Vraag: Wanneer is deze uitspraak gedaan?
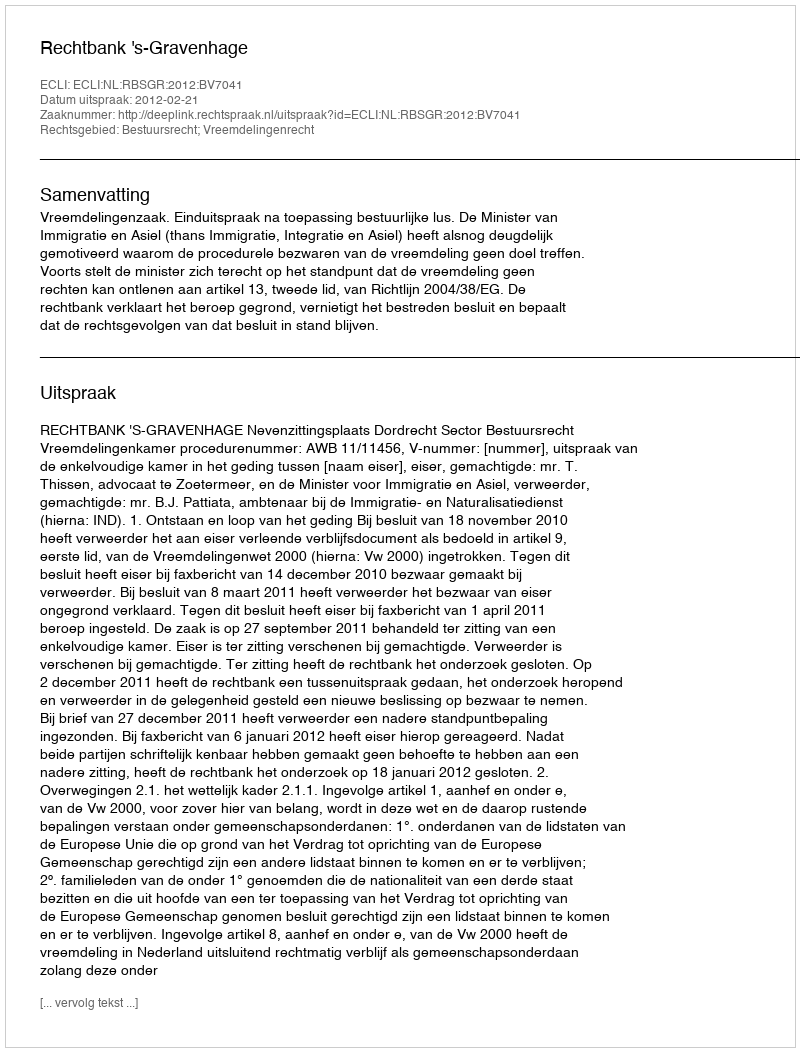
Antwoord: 2012-02-21